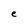
Character: e